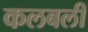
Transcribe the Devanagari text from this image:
कलबली